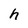
Character: h